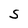
Character: S